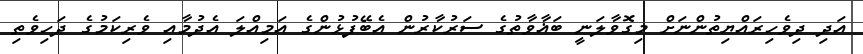
އަދި ދިވެހިރައްޔިތުންނަށް މިގޮވާލަނީ ބަޣާވާތުގެ ސަރުކާރުން އެބޭފުޅުންގެ އަމިއްލަ އެދުމާއި ވެރިކަމުގެ ދަހިވެތި